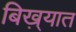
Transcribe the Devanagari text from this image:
बिख़्यात